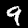
Digit: 9